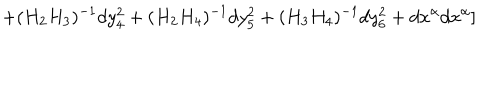
+ ( H _ { 2 } H _ { 3 } ) ^ { - 1 } d y _ { 4 } ^ { 2 } + ( H _ { 2 } H _ { 4 } ) ^ { - 1 } d y _ { 5 } ^ { 2 } + ( H _ { 3 } H _ { 4 } ) ^ { - 1 } d y _ { 6 } ^ { 2 } + d x ^ { \alpha } d x ^ { \alpha } ]